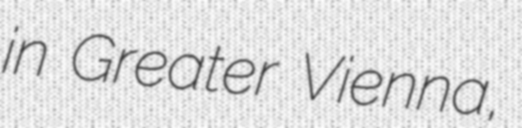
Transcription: in Greater Vienna,